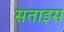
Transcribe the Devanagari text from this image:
सताइस